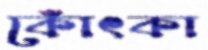
কোঁৎকা